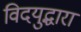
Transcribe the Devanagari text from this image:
विदयुद्धारा